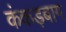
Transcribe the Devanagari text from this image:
कंकड़बाग